Calcutta medical institutions reports 1892-1900
Year: 1892
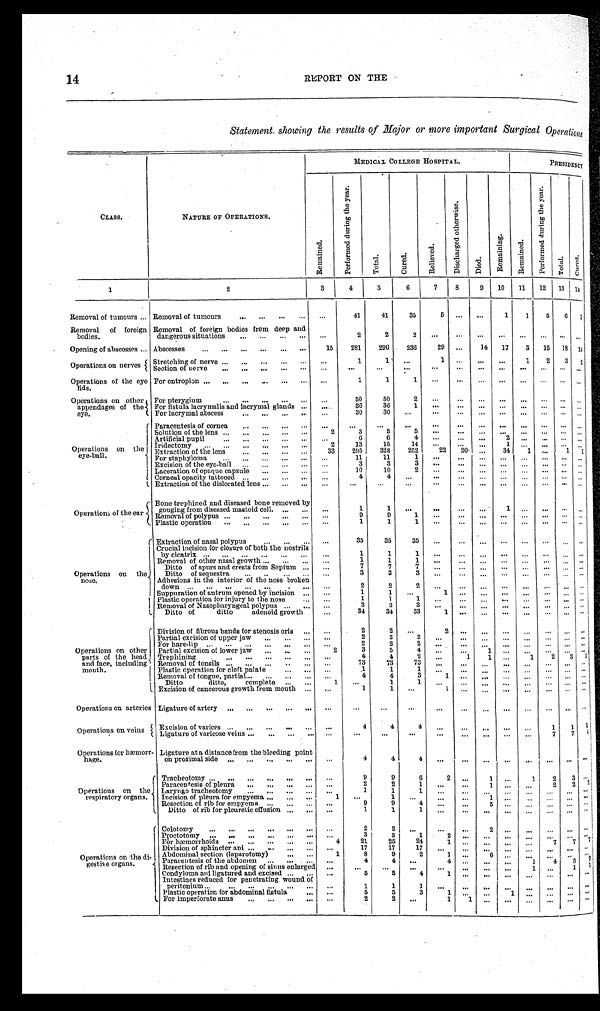
14
REPORT ON THE
Statement, showing the results of Major or more important Surgical Operations
MEDICAL COLLEGE HOSPITAL.
PRESIDENCY
CLASS.
NATURE OF OPERATIONS
R e m a i n e d .
P e r f o r m e d d u r i n g t h e y e a r .
T o t a l .
C u r e d .
R e l e i v e d .
D i s c h a r g e d o t h e r w i s e .
D i e d .
R e m a i n i n g .
R e m a i n e d .
P e r f o r m e d d u r i n g t h e y e a r .
T o t a l .
Cured.
1
2
3
4
5
6
7
8
10
11
12
13
1 4
Removal of tumours . . . Removal of tumours . . .
. . .
41
41
35
5
. . .
. . .
1
1
5
6
3
Removal of foreign
bodies.
Removal of foreign bodies from deep and
dangerous situations . . .
. . .
2
2
2
. . .
. . .
. . .
. . .
. . .
. . .
. . .
. . .
Opening of abscesses . . . Abscesses . . .
15
281
296
236
29
. . .
14
17
3
15
18
14
Operations on nerves {
Stretching of nerve . . .
. . .
1
1
. . .
1
. . .
. . .
. . .
1
2
3
2
Section of nerve . . .
. . .
. . .
. . .
. . .
. . .
. . .
. . .
. . .
. . .
. . .
. . .
. . .
Operations of the eye
lids.
For entropion . . .
. . .
1
1
1
. . .
. . .
. . .
. . .
. . .
. . .
. . .
. . .
Operations on other
appendages of the
eye.
For pterygium . . .
. . .
50
50
2
. . .
. . .
. . .
. . .
. . .
. . .
. . .
. . .
For fistula lacrymalis and lacrymal glands . . .
. . .
36
36
1
. . .
. . .
. . .
. . .
. . .
. . .
. . .
. . .
For lacrymal abscess . . .
30
30
. . .
. . .
. . .. . .
. . .
. . .
. . .
. . .. . .
Operations on the
eye-ball.
Paracentesis of cornea . . .
. . .
. . .
. . .
. . .
. . .
. . .
. . .. . .
. . .
. . .
. . .
. . .
Solution of the lens . . .
2
3
5
5
. . .
. . .
. . .
. . .
. . .
. . .
. . .
. . .
Artificial pupil . . .
. . .
6
6
4
. . .
. . .
. . .
2
. . .
. . .
. . .
. . .
Iridectomy . . .
2
13
15
14
. . .
. . .
. . .
1
. . .
. . .
. . .
. . .
t
Exraction of the lens . . .
33
295
328
252
22
20
. . .
34
1
. . .
1
1
For staphyloma . . .
. . .
11
11
1
. . .
. . .
. . .
. . .
. . .
. . .
. . .
. . .
Excision of the eye-ball . . .
. . .
3
3
3
. . .
. . .
. . .
. . .
. . .
. . .
. . .
. . .
Laceration of opaque capsule . . .
. . .
10
10
2
. . .
. . .
. . .
. . .
. . .
. . .
. . .
. . .
Corneal opacity tattooed . . .
. . .
4
4
. . .
. . .
. . .
. . .
. . .
. . .
. . .
. . .
. . .
Extraction of the dislocated lens . . .
. . .
...
. . .
. . .
. . .
. . .
. . .
. . .
. . .
. . .
. . .
. . .
Operations
of the
e a r
Bono trephined and diseased bone removed by
gouging from diseased mastoid cell. . . .
. . .
1
1
. . .
. . .
. . .
. . .
1
. . .
. . .
. . .
. . .
Removal of polypus . . .
. . .
9
9
1
. . .
. . .
. . . . . .
. . .
. . .
. . .
. . .
Plastic operation . . .
. . .
1
1
1
. . .
. . .
. . . . . .
. . .
. . .
. . .
. . .
Operations on the nose.
Extraction of nasal polypus . . .
. . .
35
35
35
. . .
. . .
. . .
. . .
. . .
. . .
. . .
. . .
Crucial incision for closure of both the nostrils
by cicatrix . . .
. . .
1
1
1
. . .
. . .
. . .
. . .
. . .
. . .
. . .
. . .
Removal of other nasal growth . . .
. . .
1
1
1
. . .
. . .
. . .
. . .
. . .
. . .
. . .
. . .
Ditto of spurs and crests from Septum. . . .
. . .
7
7
7 . . .
. . .
. . .
. . .
. . .
. . .
. . .
. . .
Ditto of sequestra . . .
. . .
3
3
3
. . .
. . .
. . .
. . .
. . .
. . .
. . .
. . .
Adhesions in the interior of the nose broken down. . . .
. . .
2
2
2
. . .
. . .
. . .
. . .
. . .
. . .
. . .
. . .
Suppuration of antrum opened by incision . . .
. . .
1
1
. . .
1
. . .
. . .
. . .
. . .
. . .
. . .
. . .
Plastic operation for injury to the nose . . .
. . .
1
1
1
. . .. . .
. . .
. . .
. . .
. . .
...
. . .
Removal of Nasopharyngeal polypus . . .
. . .
3
3
3
. . . . . .
. . .
. . .
. . .
. . .
. . .
. . .
Ditto of ditto adenoid growth
. . .
34
34
33 1
. . .
. . .
. . .
. . .
. . .
. . .
. . .
Operations on other
parts of the head
and face, including
mouth,
Division of fibrous bands for stenosis oris . . .
. . .
2
2
. . .2
. . .
. . .
. . .
. . .
. . .
. . .
. . .
Partial excision of upper jaw . . .
. . .
2
2
2 . . .
. . .
. . .
. . .
. . .
. . .
. . .
. . .
For hare-lip . . .
. . .
2
2
2
. . .
. . .
. . .
. . .
. . .
. . .
. . .
. . .
Partial excision of lower jaw . . .
2
3
5
4 . . .
. . .
. . . 1
. . .
. . .
. . .
. . .
. . .
Trephining . . .
. . .
4
4
2
. . .
1
1
. . .
1
2
3
1
Removal of tonsils . . .
. . . . .
73
73
73 . . .
. .
. . .
. . .
. . .
. . .
. . .
. . .
. . .
.1
1
1
. . .
. . .
. . .
. . .
. . .
. . .
. . .
. . .
Plastic operation for cleft palate
Removal of tongue, partial . . .
. . .
4
4
3
1
. .
. . . . . .
. . .
. . .
. . .
. . .
Ditto ditto, complete . . .
1
. . .
1
1
. . .
. . .
. . .
. . .
. . .
. . .
. . .
. . .
Excision of cancerous growth from mouth . . .
. . .
1
1
. . .
1
. . .
. . .
. . .
. . .
. . .
. . .
. . .
Operations on arteries Ligature of artery . . .
. . .
. . .
. . .
. . .
. . .
. . .
. . .
. . .
. . .
. . .
. . . . . .
Operations on veins
Excision of varices . . .
. . .
4
4
4
. . .. . .
. . .
. . .
. . .
1
1
1
Ligature of varicose veins . . .
. . .
. . .
. . .
. . .
. . .
. . .
. . .
. . .
. . .
7
7
4
Operations for hæmorr-
hage.
Ligature at a distance from the bleeding point
o n p r o x i m a l s i d e . . .
. . .
4
4
4 . . .
. . .
. . .
. . .
. . .
. . .
. . . . . .
Operations on the
respiratory organs. ,
Tracheotomy . . .
. . .
9
9
6
2
. . .
1
. . .
1
2
3
. . .
Paracentesis of pleura . . .
. . .
2
2
1
. . .
. . .
1
. . .
. . .
2
2
2
Laryngo tracheotomy . . .
. . .
1
1
1
. . .
. . .
. . .
. . .
. . .
. . .
. . . . . .
Incision of pleura for empyema . . .
1
. . .
1
. . .
. . .
. . .
1
. . .
. . .
. . .
. . .
. . .
Resection of rib for empyema . . .
. . .
9
9
4
5
. . .
Ditto of rib for pleuretic effusion . . .
. . .
1
1
1
. . .
. . .
. . .
. . .
. . .
. . .
. . .
. . .
Operations on the di-
gestive organs.
Colotomy . . .
. . .
2
2
. . .
. . .
. . .
2
. . .
. . .
. . .. . .
. . .
Proctotomy . . .
3
3
1
2
. . .
. . .
. . .
. . .
. . .
. . .. . .
. . .
For hæmorrhoids . . .
4
21
25
24
1
. . .
. . .
. . .
. . .
7 7
7
Division of sphincter ani . . .
. . .
17
17
17
. . .
. . .
. . .
. . .
. . .
. . .. . .
. . .
A b d o m i n a l s e c t i o n ( l a p a r t o m y ) . . .
abdomenmy,
Paracentesis of the
1
8
9
2
1
. . .
6
. . .
. . .
. . .. . .
. . .
...
4
4
4 . . .
. . .
. . .
1
4
5
2
Resection of rib and opening of sinus enlarged
...
. . .
. . .
...
. . .
. . .
. . .
. . .
1
. . .
1 1
Condyloma aid ligatured and excised . . .
5
5
4
1 . . .
. . .
. . .
. . .
. . .
. . .
. . .
Intestines reduced for penetrating wound of
" operation for abdominal fistula . . .
. . .
1
1
1
. ..
. . .
. . .
. . .
. . .
. . .
. . . . . .
. . .
5
5
3
1
. . .
. . .
1
. . .
. . .
. . . . . .
For imperforate anus . . .
. . .
2
2
. . .
1
1
. . .
. . .
. . .
. . .
. . .. . .